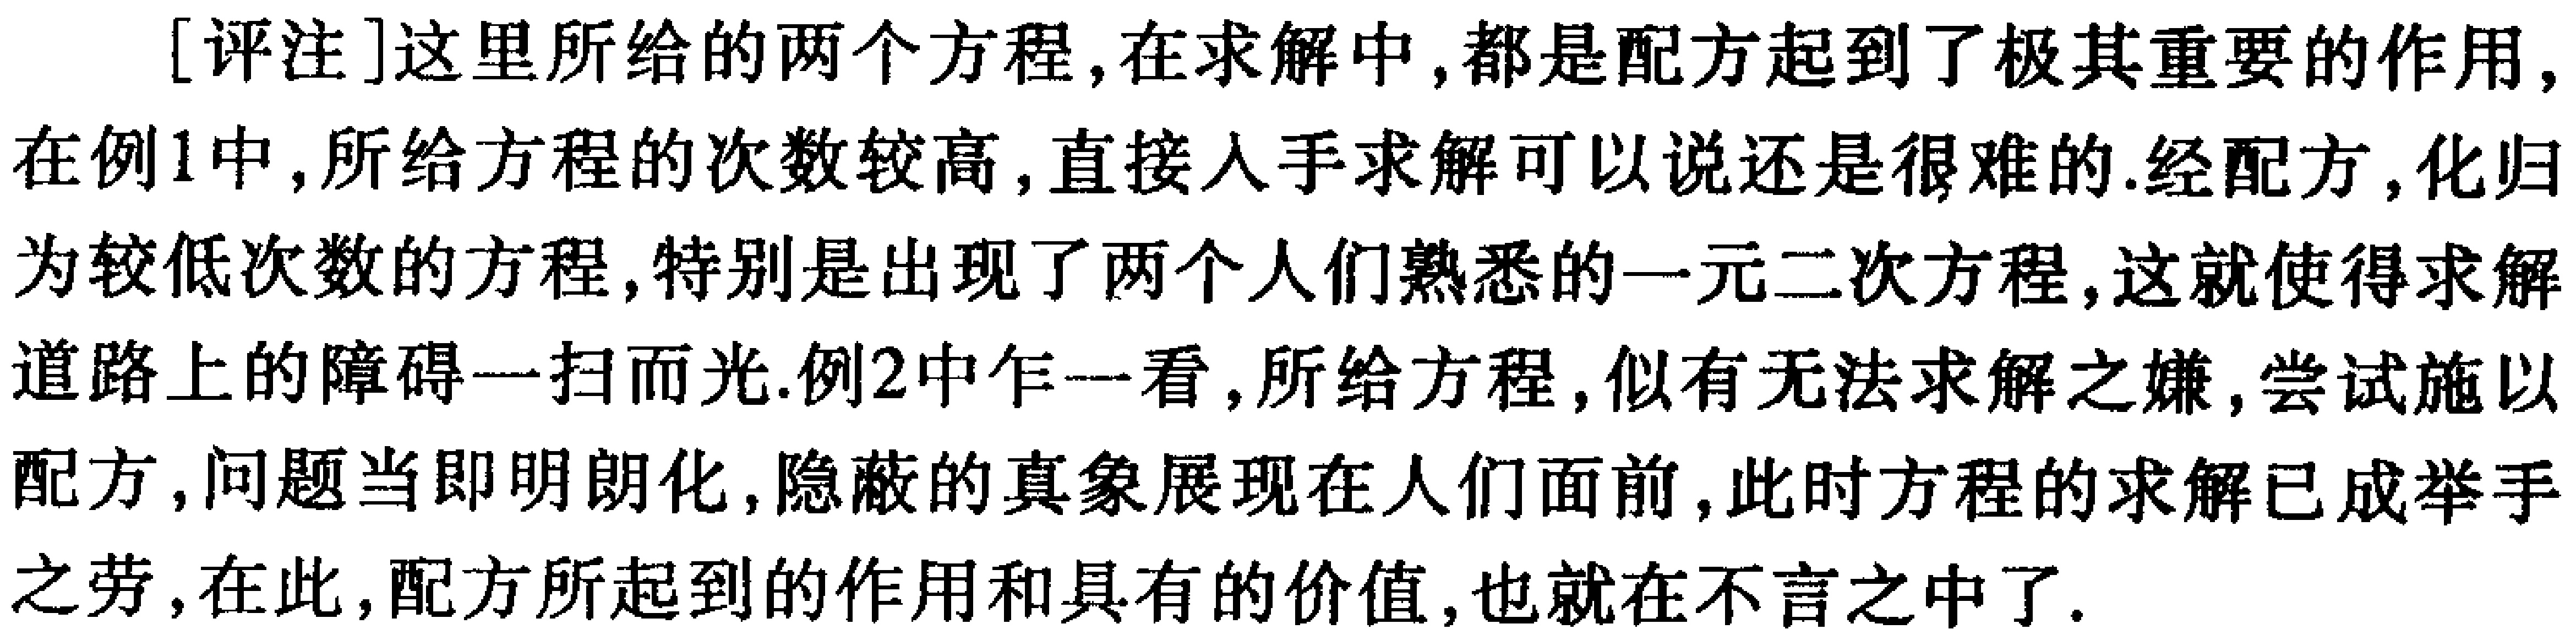
[评注]这里所给的两个方程,在求解中,都是配方起到了极其重要的作用,在例1中,所给方程的次数较高,直接入手求解可以说还是很难的.经配方,化归为较低次数的方程,特别是出现了两个人们熟悉的一元二次方程,这就使得求解道路上的障碍一扫而光.例2中乍一看,所给方程,似有无法求解之嫌,尝试施以配方,问题当即明朗化,隐蔽的真象展现在人们面前,此时方程的求解已成举手之劳,在此,配方所起到的作用和具有的价值,也就在不言之中了.